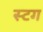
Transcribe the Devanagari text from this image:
स्टग